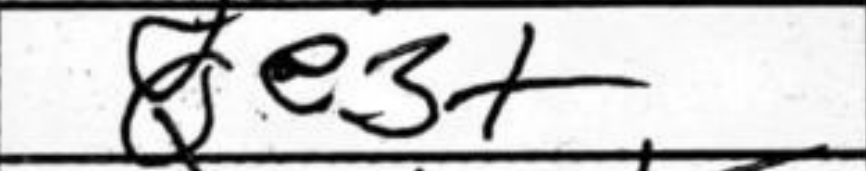
Transcription: Qe3+